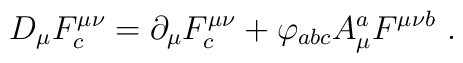
D_{\mu} F_c^{\mu \nu} = \partial_{\mu} F^{\mu \nu}_{c} +\varphi_{abc} A_{\mu}^{a} F^{\mu \nu b}~.